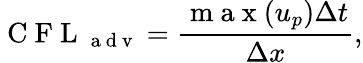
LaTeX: \mathrm{~C~F~L~}_{\mathrm{~a~d~v~}}=\frac{\mathrm{~m~a~x~}(u_{p})\Delta t}{\Delta x},